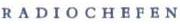
RADIOCHEFEN